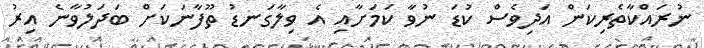
ނުރައްކާތެރިކަން އަދިވެސް ކުޑަ ނުވާ ކަމަށާއި އެ ވިލާގަނޑު ތޫފާނަކަށް ބަދަލުވާނެ އިރު